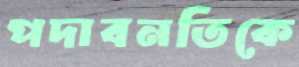
পদাবনতিকে